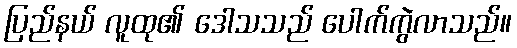
ပြည်နယ် လူထု၏ ဒေါသသည် ပေါက်ကွဲလာသည်။